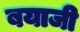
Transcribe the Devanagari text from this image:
बयाजी